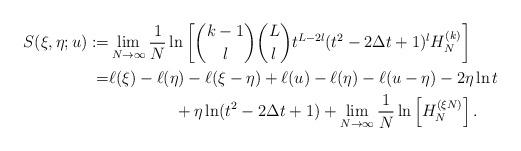
LaTeX: \begin{align*}S(\xi,\eta;u):=&\lim_{N\to\infty}\frac{1}{N}\ln\left[\binom{k-1}{l}\binom{L}{l} t^{L-2l} (t^2-2\Delta t +1)^{l} H_N^{(k)}\right]\\=&\ell(\xi)-\ell(\eta)-\ell(\xi-\eta)+\ell(u)-\ell(\eta)-\ell(u-\eta)-2\eta\ln t\\ & \qquad\qquad+\eta\ln(t^2-2\Delta t +1)+\lim_{N\to\infty}\frac{1}{N}\ln\left[H_N^{(\xi N)}\right].\end{align*}